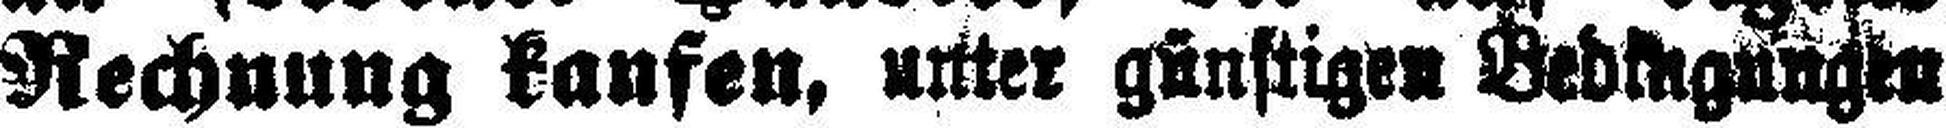
Rechnung kaufen, unter günstigen Bedingungen